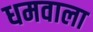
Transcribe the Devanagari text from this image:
धमवाला